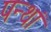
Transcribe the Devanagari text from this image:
पन्थां